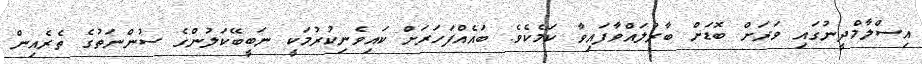
އިސްލާމްދީނުގައި ވަރަށް ބޮޑަށް ބާރުލައްވާފައިވާ ކަމެކެވެ. ބައެއްފަހަރަށް ކައިވެނިކުރުމަކީ ނަބީބޭކަލުންގެ ސުންނަތުގެ ތެރެއިން